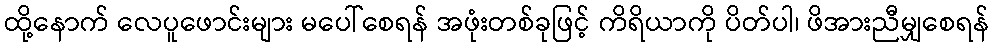
ထို့နောက် လေပူဖောင်းများ မပေါ်စေရန် အဖုံးတစ်ခုဖြင့် ကိရိယာကို ပိတ်ပါ၊ ဖိအားညီမျှစေရန်